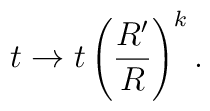
t \rightarrow t \left( \frac {R'}{R} \right) ^k.